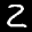
Label: 2